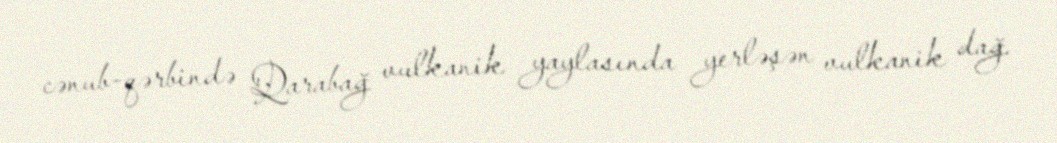
cənub-qərbində Qarabağ vulkanik yaylasında yerləşən vulkanik dağ.